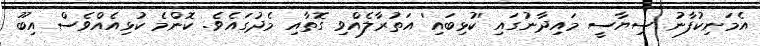
އެމަނިކުފާނު ސިޔާސީ މައިދާނުގައި 'ކުޅިބައި' އަތުރާލެއްވި ގޮތާއި މެދުގައެވެ. ކޮންމެ ކުޅިއެއްވެސް އިބޫ